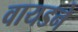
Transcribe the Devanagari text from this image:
वायडने